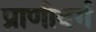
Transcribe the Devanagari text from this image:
प्राणीवर्ग